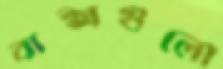
বাক্সগুলো